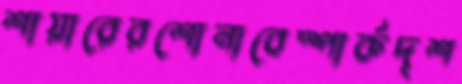
শায়ারেরশোনাবেস্পার্কদৃশ